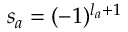
s _ { a } = ( - 1 ) ^ { l _ { a } + 1 }